On the action of the venoms of the cobra (Naja tripudians) and of the daboia (Daboia russellii) on the red blood corpuscles and on the blood plasma - Number 4
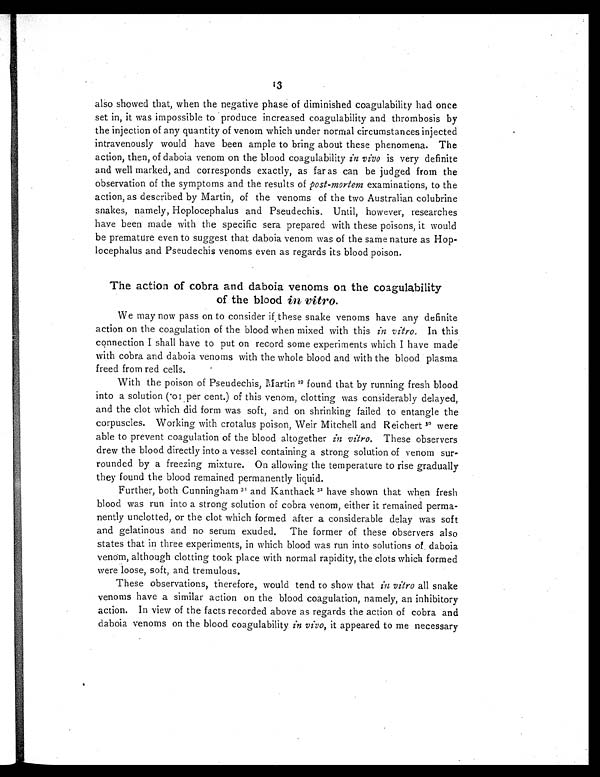
13
also showed that, when the negative phase of diminished coagulability had once
set in, it was impossible to produce increased coagulability and thrombosis by
the injection of any quantity of venom which under normal circumstances injected
intravenously would have been ample to bring about these phenomena. The
action, then, of daboia venom on the blood coagulability in vivo is very definite
and well marked, and corresponds exactly, as far as can be judged from the
observation of the symptoms and the results of post-mortem examinations, to the
action, as described by Martin, of the venoms of the two Australian colubrine
snakes, namely, Hoplocephalus and Pseudechis. Until, however, researches
have been made with the specific sera prepared with these poisons, it would
be premature even to suggest that daboia venom was of the same nature as Hop-
locephalus and Pseudechis venoms even as regards its blood poison.
The action of cobra and daboia venoms on the coagulability
of the blood in vitro.
We may now pass on to consider if these snake venoms have any definite
action on the coagulation of the blood when mixed with this in vitro, In this
connection I shall have to put on record some experiments which I have made
with cobra and daboia venoms with the whole blood and with the blood plasma
freed from red cells.
With the poison of Pseudechis, Martin 29 found that by running fresh blood
into a solution (·01 per cent.) of this venom, clotting was considerably delayed,
and the clot which did form was soft, and on shrinking failed to entangle the
corpuscles. Working with crotalus poison, Weir Mitchell and Reichert 30w e r e
able to prevent coagulation of the blood altogether in vitro. These observers
drew the blood directly into a vessel containing a strong solution of venom sur-
rounded by a freezing mixture. On allowing the temperature to rise gradually
they found the blood remained permanently liquid.
Further, both Cunningham 31a n d K a n t h a c k
3 2
h a v e s h o w n t h a t w h e n f r e s h
blood was run into a strong solution of cobra venom, either it remained perma-
nently unclotted, or the clot which formed after a considerable delay was soft
and gelatinous and no serum exuded. The former of these observers also
states that in three experiments, in which blood was run into solutions of daboia
venom, although clotting took place with normal rapidity, the clots which formed
were loose, soft, and tremulous.
These observations, therefore, would tend to show that in vitro all snake
venoms have a similar action on the blood coagulation, namely, an inhibitory
action. In view of the facts recorded above as regards the action of cobra and
daboia venoms on the blood coagulability in vivo, it appeared to me necessary